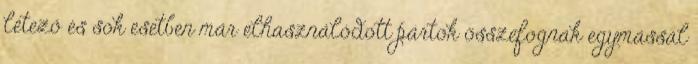
létező és sok esetben már elhasználódott pártok összefognak egymással